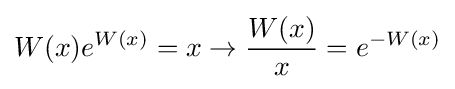
W(x)e^{W(x)}=x\rightarrow {\frac {W(x)}{x}}=e^{-W(x)}